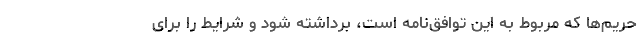
حریم‌ها که مربوط به این توافق‌نامه است، برداشته شود و شرایط را برای